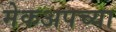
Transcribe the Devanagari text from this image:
मेकअपच्या